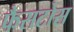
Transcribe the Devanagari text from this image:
फैसटोस